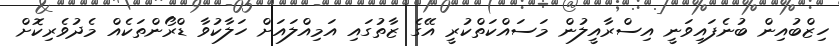
ހިޒްބުއިން ބުނެފައިވަނީ އިސްރާއީލުން މަސައްކަތްކުރީ އޭގެ ޒާތުގައި އަމިއްލައަށް ހަލާކުވާ ޑްރޯންތަކެއް މެދުވެރިކޮށް